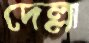
দেল্লা